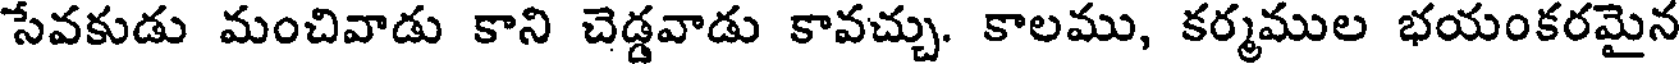
సేవకుడు మంచివాడు కాని చెడ్డవాడు కావచ్చు. కాలము, కర్మముల భయంకరమైన